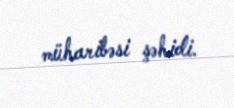
müharibəsi şəhidi.